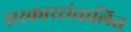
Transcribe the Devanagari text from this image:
सरकारसंचालित